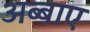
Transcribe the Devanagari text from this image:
अब्बाए